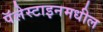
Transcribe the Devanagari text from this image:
पॅलेस्टाइनमधील